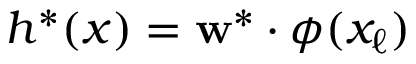
h ^ { * } ( x ) = \mathbf { w } ^ { * } \cdot \phi ( x _ { \ell } )